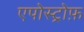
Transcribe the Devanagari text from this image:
एपोस्ट्रोफ़